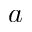
a